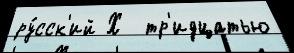
ру́сск'ий Х  тр'идцатью